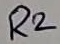
Text: R2